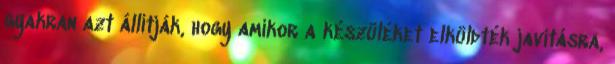
gyakran azt állítják, hogy amikor a készüléket elküldték javításra,